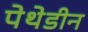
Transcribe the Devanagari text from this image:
पेथेडीन